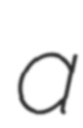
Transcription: a